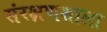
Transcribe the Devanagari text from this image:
संरक्षणशाला